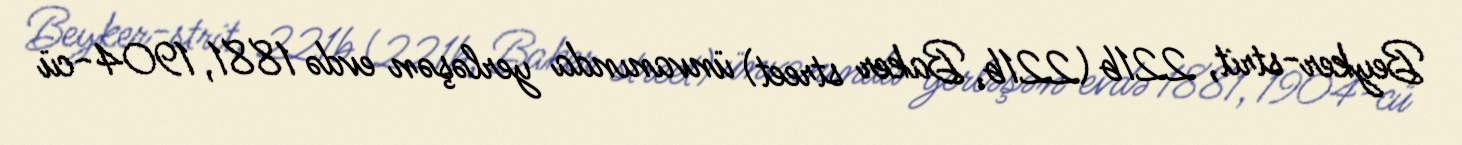
Beyker-strit, 221b (221b, Baker street) ünvanında yerləşən evdə 1881, 1904-cü